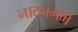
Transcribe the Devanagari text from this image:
नाट्यगर्भ